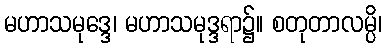
မဟာသမုဒ္ဒေ၊ မဟာသမုဒ္ဒရာ၌။ စတုတာလမ္ပိ၊